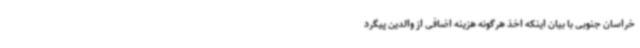
خراسان جنوبی با بیان اینکه اخذ هرگونه هزینه اضافی از والدین پیگرد